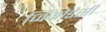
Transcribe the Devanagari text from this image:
जियोडेसी